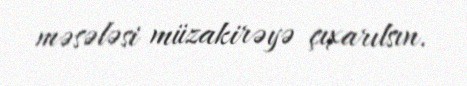
məsələsi müzakirəyə çıxarılsın.